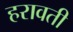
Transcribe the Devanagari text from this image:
हरावती